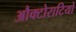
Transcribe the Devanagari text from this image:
औक्टोराटियो